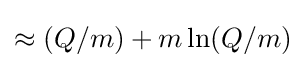
\approx (Q/m)+m\ln(Q/m)